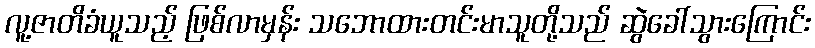
လူ့ဇာတိခံယူသည့် ဖြစ်လာမှန်း သဘောထားတင်းမာသူတို့သည် ဆွဲခေါ်သွားကြောင်း